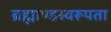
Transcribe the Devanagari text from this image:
ब्रह्माण्डस्वरूपता